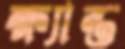
ক্ষ্যান্ত